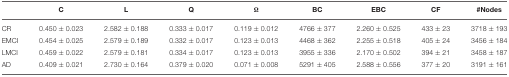
<table><thead><tr><td></td><td><b>C</b></td><td><b>L</b></td><td><b>Q</b></td><td><b>Ω</b></td><td><b>BC</b></td><td><b>EBC</b></td><td><b>CF</b></td><td><b>#Nodes</b></td></tr></thead><tbody><tr><td>CR</td><td>0.450 ± 0.023</td><td>2.582 ± 0.188</td><td>0.333 ± 0.017</td><td>0.119 ± 0.012</td><td>4766 ± 377</td><td>2.260 ± 0.525</td><td>433 ± 23</td><td>3718 ± 193</td></tr><tr><td>EMCI</td><td>0.454 ± 0.025</td><td>2.579 ± 0.189</td><td>0.332 ± 0.017</td><td>0.123 ± 0.013</td><td>4468 ± 362</td><td>2.255 ± 0.518</td><td>405 ± 24</td><td>3456 ± 184</td></tr><tr><td>LMCI</td><td>0.459 ± 0.022</td><td>2.579 ± 0.181</td><td>0.334 ± 0.017</td><td>0.123 ± 0.013</td><td>3955 ± 336</td><td>2.170 ± 0.502</td><td>394 ± 21</td><td>3458 ± 187</td></tr><tr><td>AD</td><td>0.409 ± 0.021</td><td>2.730 ± 0.164</td><td>0.379 ± 0.020</td><td>0.071 ± 0.008</td><td>5291 ± 405</td><td>2.588 ± 0.556</td><td>377 ± 20</td><td>3191 ± 161</td></tr></tbody></table>